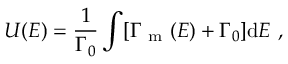
U ( E ) = \frac { 1 } { \Gamma _ { 0 } } \int [ \Gamma _ { \mathrm { ~ m ~ } } ( E ) + \Gamma _ { 0 } ] \mathrm { d } E \mathrm { ~ , ~ }